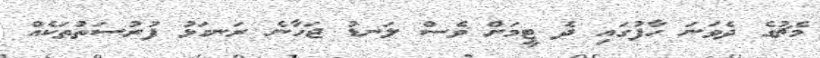
މެޗުގެ ދެވަނަ ހާފުގައި ދެ ޓީމަށް ވެސް ލަނޑު ޖަހާނެ ރަނގަޅު ފުރުސަތުތަކެއް